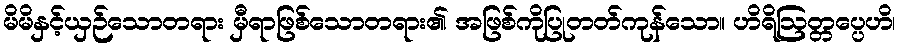
မိမိနှင့်ယှဉ်သောတရား မှီရာဖြစ်သောတရား၏ အဖြစ်ကိုပြုတတ်ကုန်သော။ ဟိရိဩတ္တပ္ပေဟိ၊